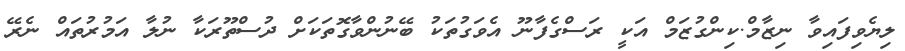
ލިޔެވިފައިވާ ނިޒާމް.ކިންގުޒަމް އަކީ ރަސްގެފާނޫ އެވަގުތަކު ބޭނުންވާގޮތަކަށް ދުސްތޫރަކާ ނުލާ އަމުރުތައް ނެރޭ